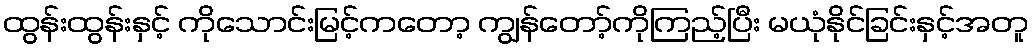
ထွန်းထွန်းနှင့် ကိုသောင်းမြင့်ကတော့ ကျွန်တော့်ကိုကြည့်ပြီး မယုံနိုင်ခြင်းနှင့်အတူ